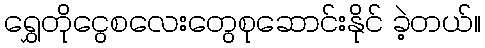
ရွှေတိုငွေစလေးတွေစုဆောင်းနိုင် ခဲ့တယ်။